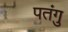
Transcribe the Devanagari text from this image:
पतंगु